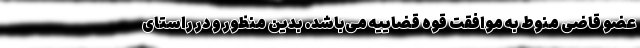
عضو قاضی منوط به موافقت قوه قضاییه می‌باشد. بدین منظور و در راستای